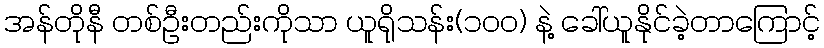
အန်တိုနီ တစ်ဦးတည်းကိုသာ ယူရိုသန်း(၁၀၀) နဲ့ ခေါ်ယူနိုင်ခဲ့တာကြောင့်